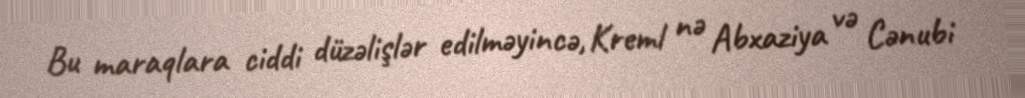
Bu maraqlara ciddi düzəlişlər edilməyincə, Kreml nə Abxaziya və Cənubi